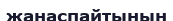
жанаспайтынын